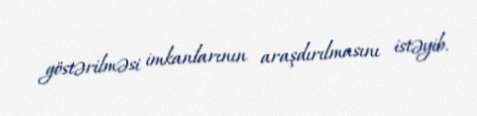
göstərilməsi imkanlarının araşdırılmasını istəyib.